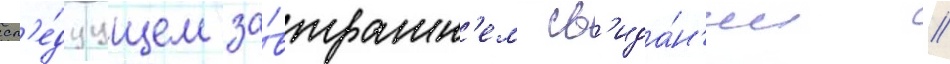
сл'е́дуущем за́втрашн'ем св'ида́н'ии //